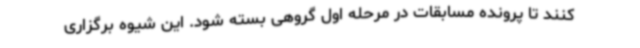
کنند تا پرونده مسابقات در مرحله اول گروهی بسته شود. این شیوه برگزاری